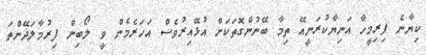
ކިޔާނެ ފިރިމީހާ އަނިޔާކުރަނީއޭ ތިމާ ބޭނުންގޮތަކަށް އުޅޭއިރުވެސް އަހަރެމެން ވީ ލޯބިން ފިރުމާލަދޭންތަ